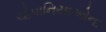
ચોપાનિયાઓના